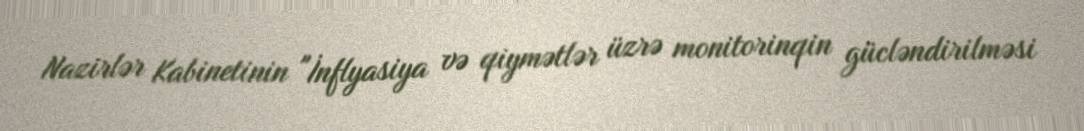
Nazirlər Kabinetinin "İnflyasiya və qiymətlər üzrə monitorinqin gücləndirilməsi